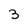
Character: 3